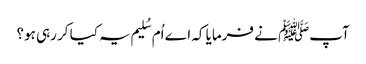
آپﷺ نے فرمایا کہ اے اُم سُلیم یہ کیا کر رہی ہو؟